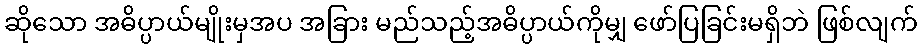
ဆိုသော အဓိပ္ပာယ်မျိုးမှအပ အခြား မည်သည့်အဓိပ္ပာယ်ကိုမျှ ဖော်ပြခြင်းမရှိဘဲ ဖြစ်လျက်